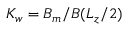
K _ { w } = \ensuremath { B _ { m } } / B ( L _ { z } / 2 )